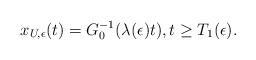
LaTeX: \begin{align*} x_{U,\epsilon}(t)=G_0^{-1}(\lambda(\epsilon)t),t\geq T_1(\epsilon).\end{align*}